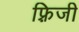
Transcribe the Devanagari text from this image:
फ़्रिजी